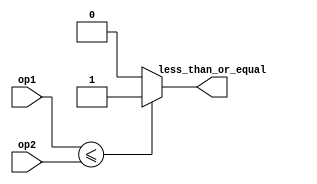
module less_than_or_equal_to(
    input [31:0] op1,
    input [31:0] op2,
    output less_than_or_equal
);

reg less_than_or_equal;

always @* begin
    if(op1 <= op2) begin
        less_than_or_equal = 1;
    end else begin
        less_than_or_equal = 0;
    end
end

endmodule